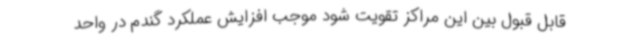
قابل قبول بین این مراکز تقویت شود موجب افزایش عملکرد گندم در واحد